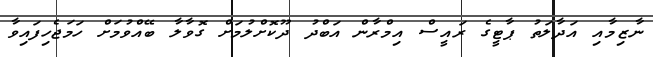
ނާޒިމާއި އަދާލަތު ޕާޓީގެ ރައީސް އިމްރާން އަބްދު ދޫކޮށްލުމަށް ގޮވާލާ ބޭއްވުމަށް ހަަމަޖެހިފައިވާ